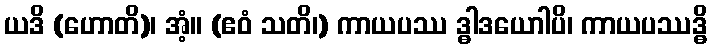
ယဒိ (ဟောတိ)၊ အံ့။ (ဧဝံ သတိ၊) ကာယပဿ ဒ္ဓါဒယောါပိ၊ ကာယပဿဒ္ဓိ